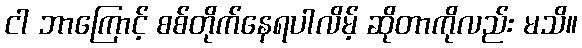
ငါ ဘာကြောင့် စစ်တိုက်နေရပါလိမ့် ဆိုတာကိုလည်း မသိ။